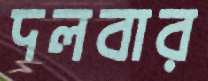
দলবার